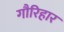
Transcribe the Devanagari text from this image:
गौरिहार